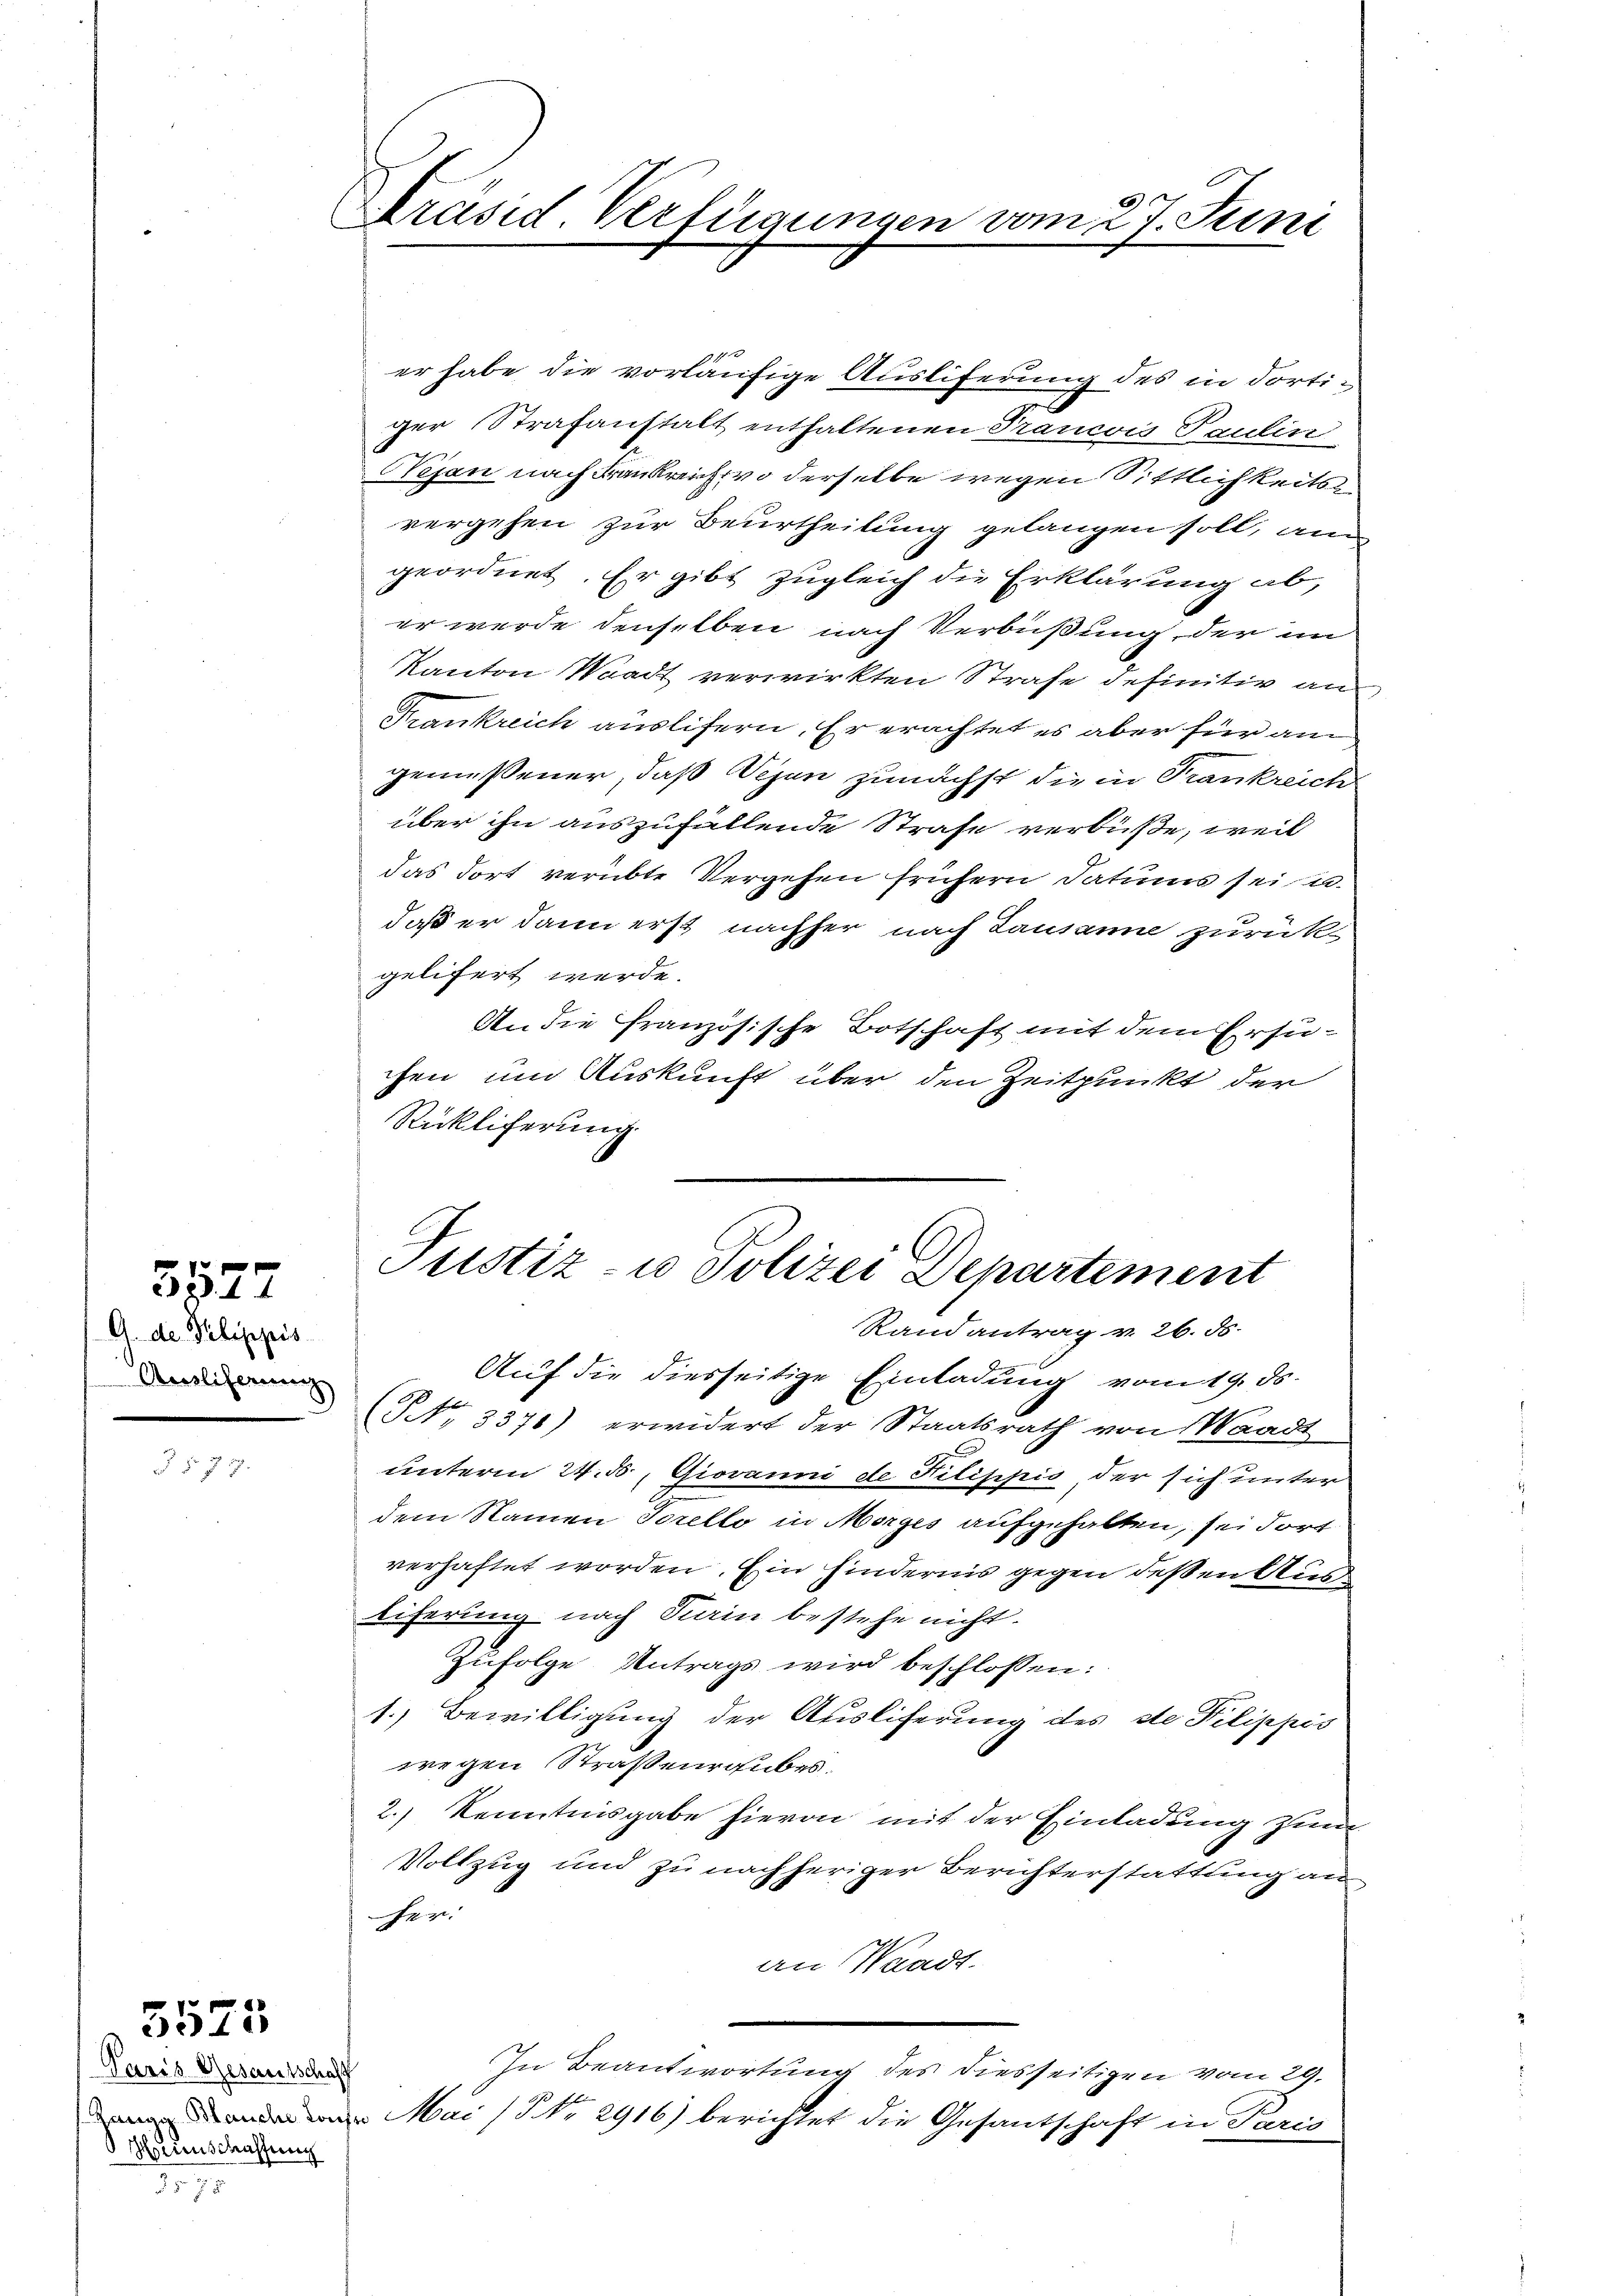
G. de Pilippis
Auslieferung

3577

.

Paris Gesamtschaff
Herienschaffung

5575

3

Präsid. Verfügungen vom 27. Juni

ger Strafanstalt enthaltenen Trancois Paulin
Wejan nach Frankreich wo derselbe wegen Sittlichkeits
vergehen zur Beurtheilung gelangen soll, ann
geordnet. Er gibt zugleich die Erklärung ab,
er werde denselben nach Verbüßung der in
Kanton Waadt verwirkten Strafe definitiv an
Frankreich auslifern. Er erachtet es aber für am
gemessener, daß Wesen zunächst die in Trankreich
über ihn auszufüllende Strafe verbüße, weil
das dort verübte Vergehen frühern Datums sei u
daß er dann erst nachher nach Lausanne zurückgelifert werde.
An die Französische Botschaft mit dem Ersuchen um Auskunft über den Zeitpunkt der
Rükliferung

Justiz- u Polizei Departement
Randantrag v. 26. ds.
Auf die diesseitige Einladung vom 19. ds.

(NNNo. 3371) erwidert der Staatsrath von Waadt
unterm 24. 5. Giovanni de Filippis der sich unter
dem Namen Sorello in Morges aufgehalten, sei dort
verhaftet worden. Ein hindernis gegen deßen Aus¬
Eiferung nach Kain bestehe nicht.
Zufolge Antrags wird beschlossen:
1.) Bewilligung der Auslieferung des de Pilippos
wegen Straßenrgubes
2.) Kenntnisgabe hievon mit der Einladung zum
Vollzug und zu nachheriger Berichterstattung an
her:
an Waadt.
In Beantwortung des diesseitigen vom 29.
Mai (NNo. 2916) berichtet die Gesandschaft in Paris

er habe die vorläufige Ausliferung des in dorti¬